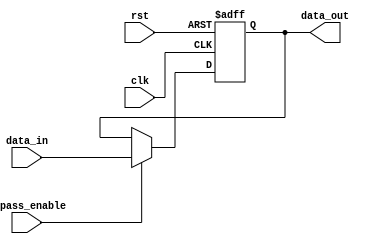
module bypass_register (
    input wire clk,
    input wire rst,
    input wire bypass_enable,
    input wire [7:0] data_in,
    output reg [7:0] data_out
);

reg [7:0] register;

always @(posedge clk or posedge rst) begin
    if (rst) begin
        register <= 8'b0;
    end else begin
        if (bypass_enable) begin
            register <= data_in;
        end else begin
            register <= data_out;
        end
    end
end

assign data_out = register;

endmodule